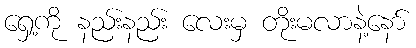
ရှေ့ကို နည်းနည်း လေးမှ တိုးမလာနဲ့နော်